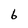
Character: 6